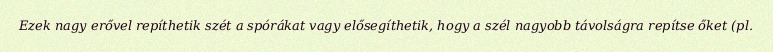
Ezek nagy erővel repíthetik szét a spórákat vagy elősegíthetik, hogy a szél nagyobb távolságra repítse őket (pl.